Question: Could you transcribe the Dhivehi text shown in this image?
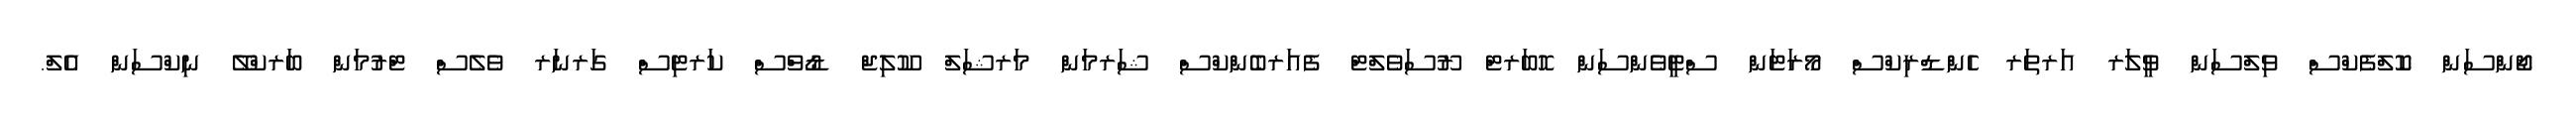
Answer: ޖޯންސަން ކޮލްފެކްސް ވިލްސަން ވީލަރ އަރތަރ ހެންޑްރިކްސް މޯރަޓަން ސްޓީވެންސަން ހޮބަރޓް ރޫސަވެލްޓް ފެއަރބެންކްސް ޝަރމަން މަރޝަލް ކޫލިޖް ޑޯވްސް ކަރޓިސް ގަރނަރ ވެލެސް ޓްރުމަން ބަރކްލޭ ނިކްސަން އެލް.